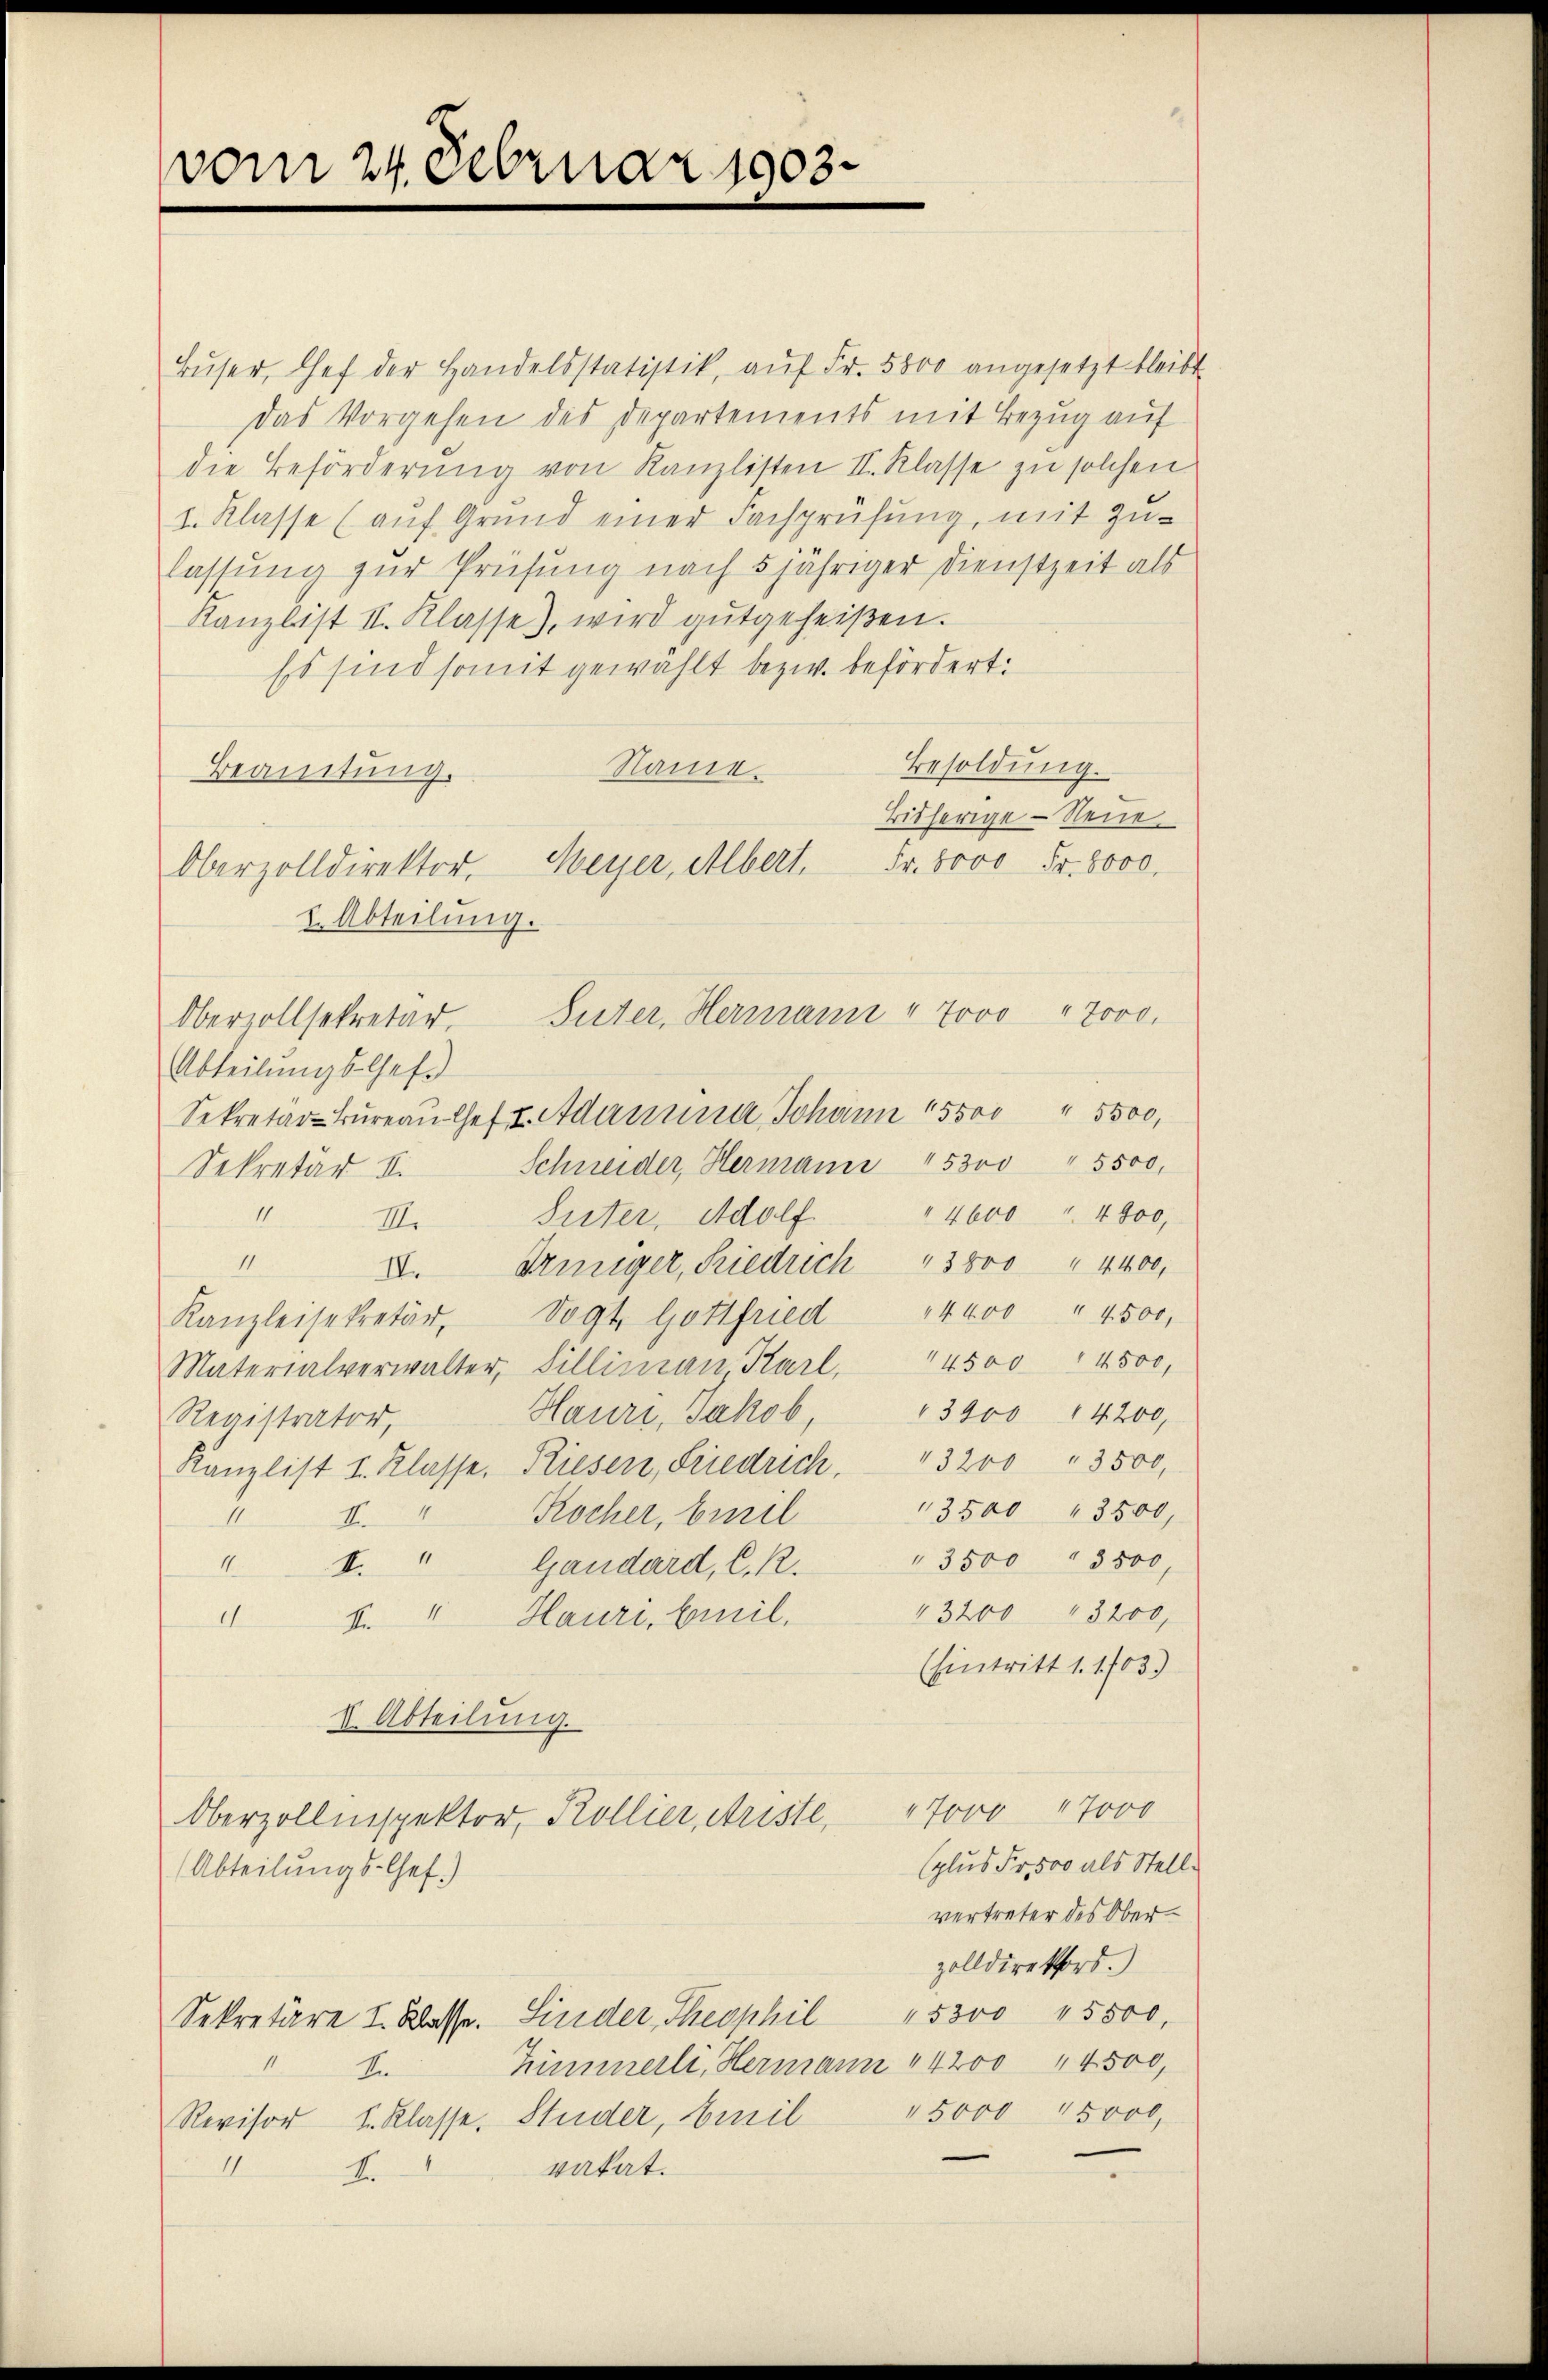
vom 24. Februar 1903.

Oberzolldirektor.
2. Abteilung.
Suter, Hermann " Jovo " 7000.
Obervollsekretär.

Bŭser, Chef der Handelsstatistik, aŭf Fr. 5800 angesetzt bleibt
das Vorgehen des Departements mit Bezug auf
die Beförderŭng von Kanzlisten II. Klasse zu solchen
1. Klasse (aŭf Grund einer Fachprüfŭng, mit Zŭ-
lassung zur Prüfung nach 5 jähriger Dienstzeit als
Kanzlist II. Klasse), wird gutgeheißen.
Es sind somit gewählt bezw. befördert:
Besoldung.
Name
Beamtung.
Bisherige - Neue
Meyer, Albert. Fr. 6000 Fr. 8000.
Abteilŭngs-Chef
Sekretär kŭreaŭ Chef I. Adamnna, Johann 15500 " 5500,
Schneider, Hermann 15300 " 5500.
Sekretär v.
11.
4600 " 4800,
VII. Suter, Adolf
II
Dringer, Friedrich 3800 " 4400,
IV.
Kanzleisekretär, Vogt. Gottfried " 4400 " 4500.
Materialverwalter, Sillimaṅ, Karl, 14500 " 4500,
Hauri, Jakob " 3400 14200,
Registrator,
Kanzlist I. Klasse, Rieser, Friedrich. 3200 " 3500,
3500 " 3500
" I. " Kocher, beil
" 3500 " 3500,
11.
I. " Gaudard, C. R.
3200 " 3200,
d. " Hauri, beil.
d
(hintritt 1. 1703.)
I. Abteilung.
17000 17000
Oberzollinspektor, Kollier, Ariste,
(plus Fr. 500 als Stell
(Abteilungs-Chef.)
vertreter des Oberzolldirektors.)
5300 15500,
Sekretäre I. Klasse. Sinder, Theophil
Trümmerli, Hermann 14200 " 4500,
An
Revisor I. Klasse, Studer, Amril 15000 15000,
1
vatat.
Er